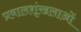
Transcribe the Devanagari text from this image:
प्रवालशृंखलाओं